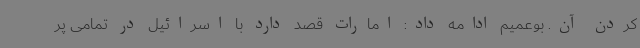
کردن آن. بوعمیم ادامه داد: امارات قصد دارد با اسرائیل در تمامی پر